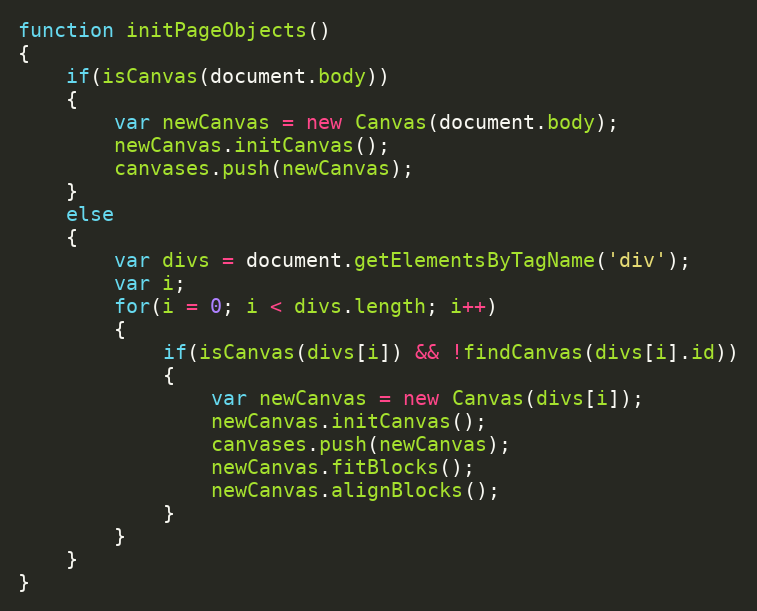
Language: JavaScript
function initPageObjects()
{
	if(isCanvas(document.body))
	{
		var newCanvas = new Canvas(document.body);
		newCanvas.initCanvas();
		canvases.push(newCanvas);
	}
	else
	{
		var divs = document.getElementsByTagName('div');
		var i;
		for(i = 0; i < divs.length; i++)
		{
			if(isCanvas(divs[i]) && !findCanvas(divs[i].id))
			{
				var newCanvas = new Canvas(divs[i]);
				newCanvas.initCanvas();
				canvases.push(newCanvas);
				newCanvas.fitBlocks();
				newCanvas.alignBlocks();
			}
		}
	}
}